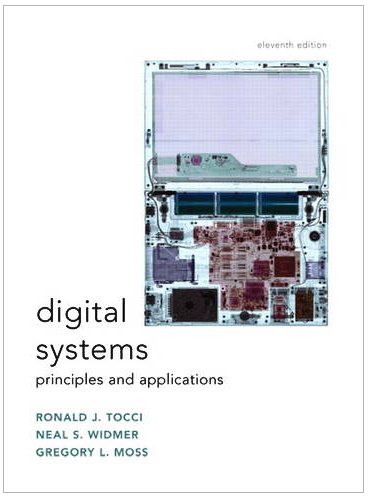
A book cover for Digital Systems: Principles and Applications (11th Edition); Ronald J. Tocci; Business & Money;